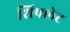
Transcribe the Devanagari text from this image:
शिफ्लेट